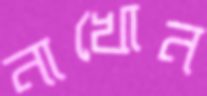
নাখোন